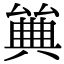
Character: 𠔰